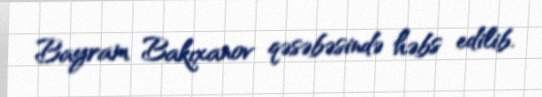
Bayram Bakıxanov qəsəbəsində həbs edilib.